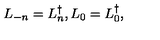
L _ { - n } = L _ { n } ^ { \dagger } , L _ { 0 } = L _ { 0 } ^ { \dagger } ,